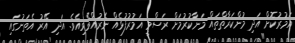
އަމުރުކޮށް އަދި މުންކަރާތްތައް މަނާކުރުމަށް ރަސްމީ އަމުރުފުޅެއް ނެރުއްވެވިއެވެ. އަދި އޭރު އެތަނުގައި